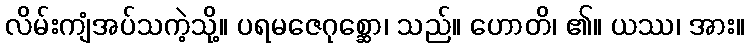
လိမ်းကျံအပ်သကဲ့သို့။ ပရမဇေဂုစ္ဆော၊ သည်။ ဟောတိ၊ ၏။ ယဿ၊ အား။